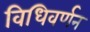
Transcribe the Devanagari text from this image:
विधिवर्णन